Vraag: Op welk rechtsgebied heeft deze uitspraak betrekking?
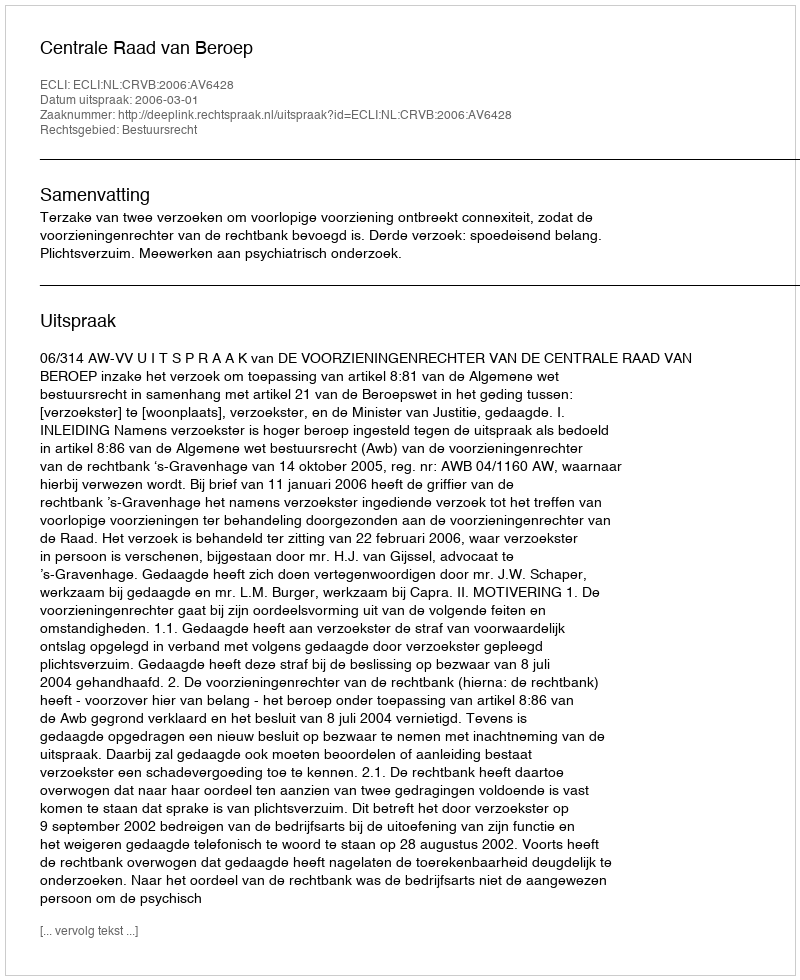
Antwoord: Bestuursrecht